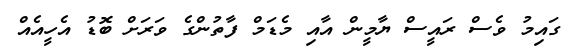
ގައިމު ވެސް ރައީސް ޔާމީން އާއި މެޑަމް ފާތުންގެ ވަރަށް ބޮޑު އެހީއެއް